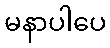
မနာပါပေ